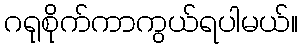
ဂရုစိုက်ကာကွယ်ရပါမယ်။